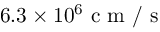
6 . 3 \times 1 0 ^ { 6 } \mathrm { ~ c ~ m ~ / ~ s ~ }